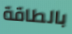
بالطاقة